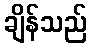
ချိန်သည်